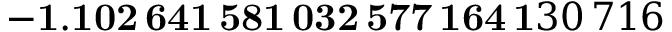
\mathbf { - 1 . 1 0 2 \, 6 4 1 \, 5 8 1 \, 0 3 2 \, 5 7 7 \, 1 6 4 \, 1 } 3 0 \, 7 1 6